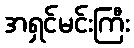
အရှင်မင်းကြီး